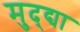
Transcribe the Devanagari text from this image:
मुद्द्या